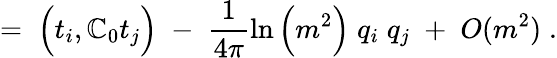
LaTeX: =\; \Big(t_{i},\mathbb{C}_{0}t_{j}\Big)\; -\; \frac{{1}}{{4\pi}}\ln\Big(m^{2}\Big)\; q_{i}\; q_{j}\; +\; O(m^{2})\; .